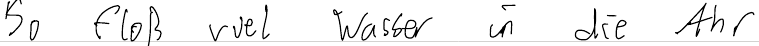
So floß viel Wasser in die Ahr